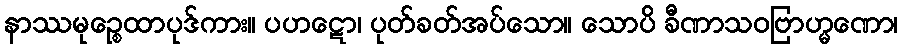
နာဿမုဉ္စေထာပုဒ်ကား။ ပဟဋော၊ ပုတ်ခတ်အပ်သော။ သောပိ ခီဏာသဝဗြာဟ္မဏော၊